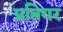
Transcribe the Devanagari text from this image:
प्रतिगर